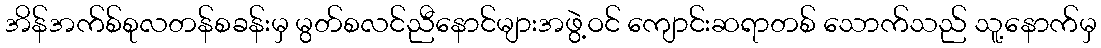
အိန်အက်စ်စုလတန်စခန်းမှ မွတ်စလင်ညီနောင်များအဖွဲ့ဝင် ကျောင်းဆရာတစ် သောက်သည် သူ့နောက်မှ